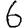
Digit: 6